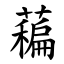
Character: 藊